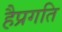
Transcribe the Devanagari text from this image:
हैप्रगति